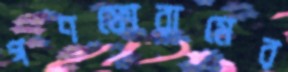
গণফোরামের